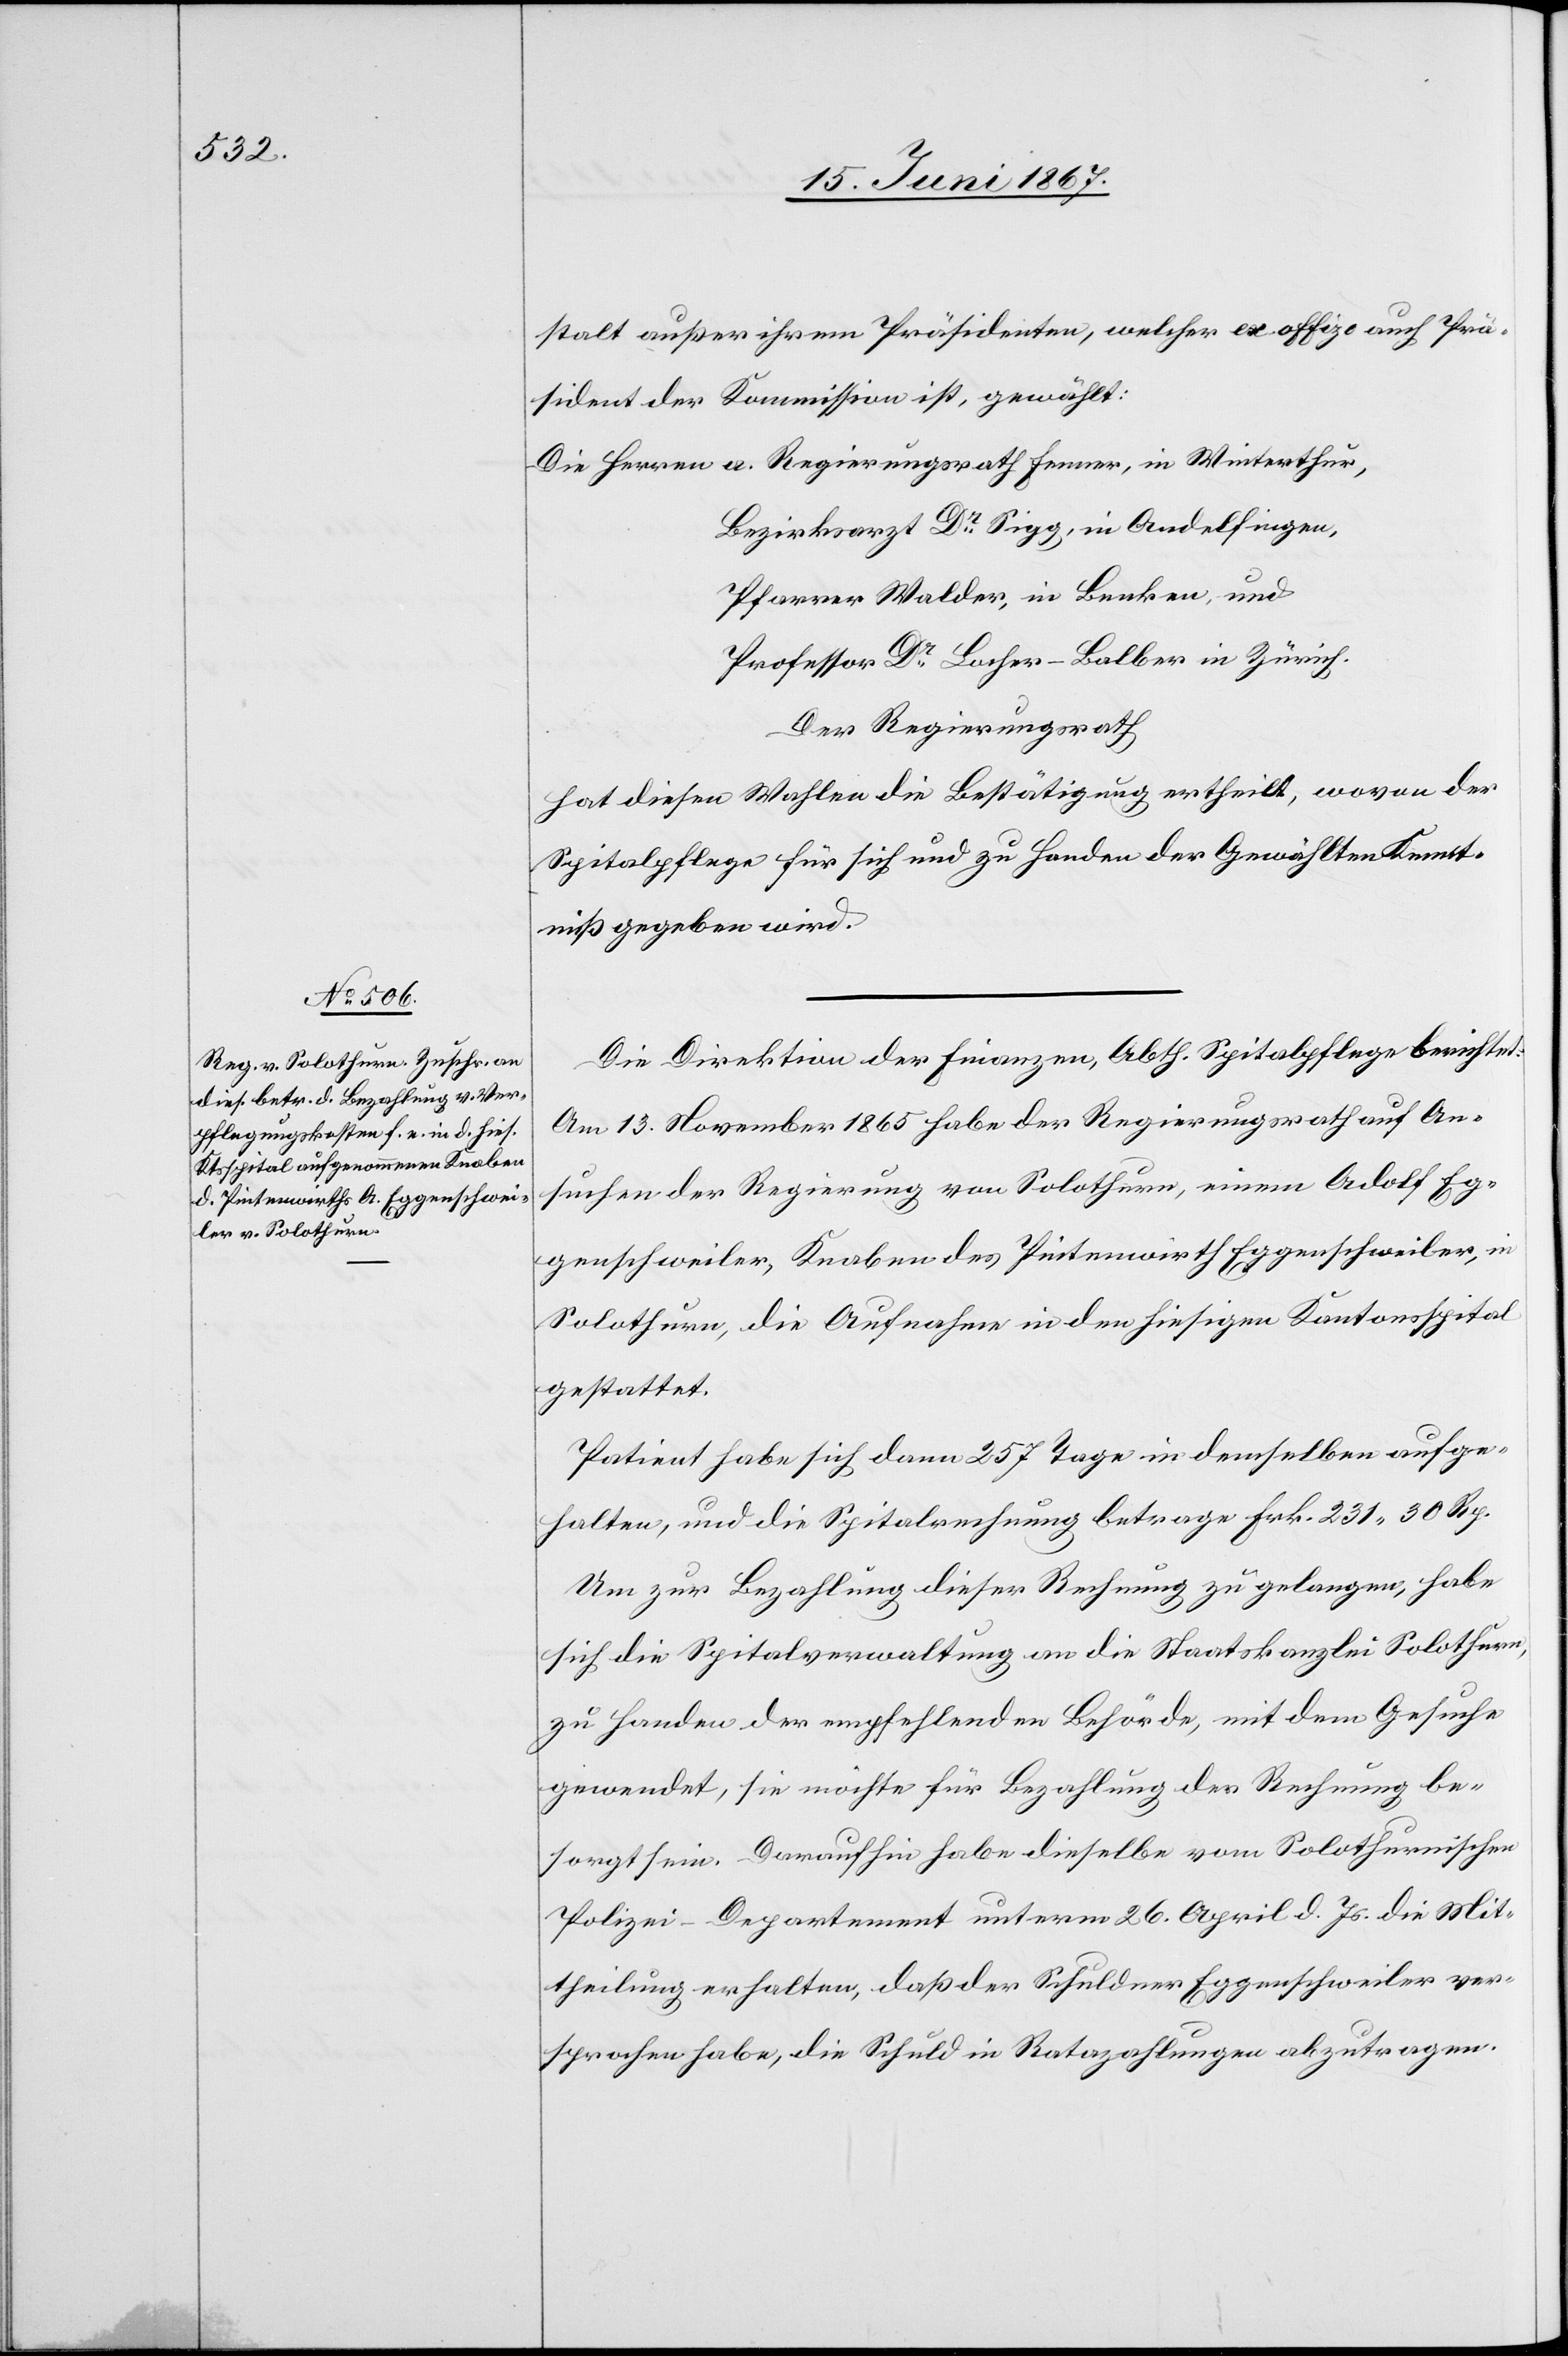
stalt außer ihrem Präsidenten, welcher ex offizo auch Prä¬
sident der Kommission ist, gewählt:
Bezirksrarzt Dr. Sigg, in Andelfingen,
Pfarrer Walder, in Benken, und
Professor Dr. Locher-Balber in Zürich.
Der Regierungsrath,
hat diesen Wahlen die Bestätigung ertheilt, wovon der
Spitalpflege für sich und zu Handen der Gewählten Kennt¬
niß gegeben wird.
Die Direktion der Finanzen, Abth. Spitalpflege berichtet:
Am 13. November 1865 habe der Regierungsrath auf An¬
suchen der Regierung von Solothurn, einen Adolf Eg¬
genschweiler, Knaben des Pintenwirth Eggenschweiler, in
Solothurn, die Aufnahme in den hiesigen Kantonsspital
gestattet.
Patient habe sich dann 257 Tage in demselben aufge¬
halten, und die Spitalrechnung betrage Frk. 231.30 Rp.
Um zur Bezahlung dieser Rechnung zu gelangen, habe
sich die Spitalverwaltung an die Staatskanzlei Solothurn,
zu Handen der empfehlenden Behörde, mit dem Gesuche
gewendet, sie möchte für Bezahlung der Rechnung be¬
sorgt sein. Daraufhin habe dieselbe vom Solothurnischen
Polizei-Departement unterm 26. April d. Js. die Mit¬
theilung erhalten, daß der Schuldner Eggenschweiler ver¬
sprochen habe, die Schuld in Ratazahlungen abzutragen.